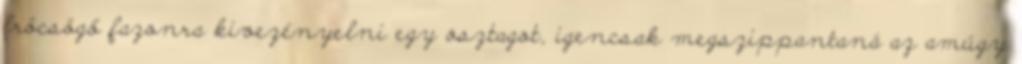
fröcsögő fazonra kivezényelni egy osztagot, igencsak megszippantaná az amúgy